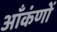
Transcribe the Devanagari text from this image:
आँकंणों